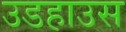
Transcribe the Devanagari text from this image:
उडहाउस